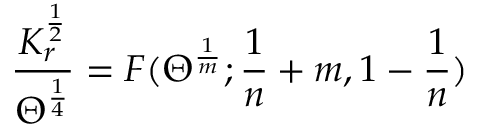
\frac { K _ { r } ^ { \frac { 1 } { 2 } } } { \Theta ^ { \frac { 1 } { 4 } } } = F ( \Theta ^ { \frac { 1 } { m } } ; \frac { 1 } { n } + m , 1 - \frac { 1 } { n } )